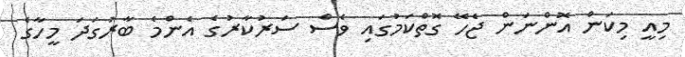
މިއީ މިކަން އޮންނަން ޖެހޭ ގޮތްކަމުގައި ވެސް ސަރުކާރުގެ އެންމެ ބާރުގަދަ މީހާގެ